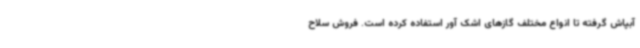
آبپاش گرفته تا انواع مختلف گازهای اشک آور استفاده کرده است. فروش سلاح